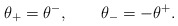
\begin{align*}\theta _{+}=\theta ^{-},\qquad \theta _{-}=-\theta ^{+}. \end{align*}